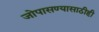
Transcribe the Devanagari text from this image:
जोपासण्यासाठीही